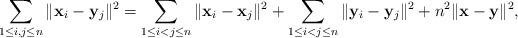
LaTeX: \begin{align*}\sum_{1\leq i,j\leq n} \|\mathbf x_i-\mathbf y_j\|^2 = \sum_{1\leq i<j\leq n} \|\mathbf x_i - \mathbf x_j\|^2 + \sum_{1\leq i< j\leq n}\|\mathbf y_i- \mathbf y_j\|^2 + n^2\|\mathbf x -\mathbf y\|^2,\end{align*}